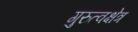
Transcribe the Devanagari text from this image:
गुरुत्वक्षेत्र